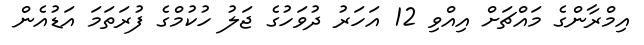
އިމްރާންގެ މައްޗަށް އިއްވި 12 އަހަރު ދުވަހުގެ ޖަލު ހުކުމްގެ ފުރަތަމަ އަޑުއެން